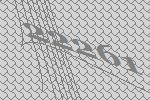
22261